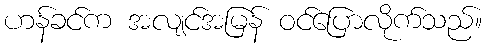
ဟန်ခင်က အလျင်အမြန် ဝင်ပြောလိုက်သည်။